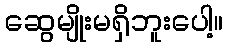
ဆွေမျိုးမရှိဘူးပေါ့။